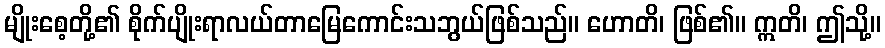
မျိုးစေ့တို့၏ စိုက်ပျိုးရာလယ်တာမြေကောင်းသဘွယ်ဖြစ်သည်။ ဟောတိ၊ ဖြစ်၏။ ဣတိ၊ ဤသို့။